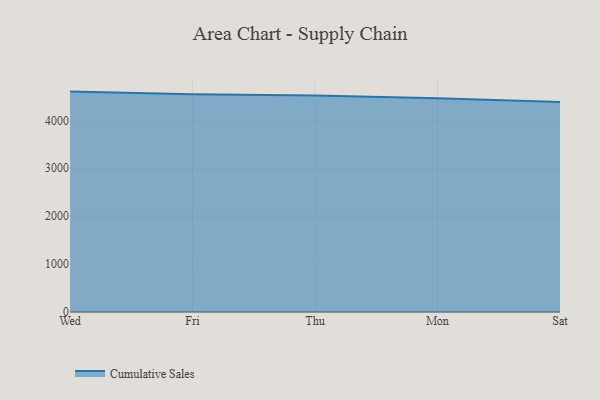
{"axis": {"x": "Day", "y": "Latency (ms)"}, "legend": ["Cumulative Sales"], "data": [{"x": "Wed", "y": 4600.9, "type": "Cumulative Sales"}, {"x": "Fri", "y": 4543.0, "type": "Cumulative Sales"}, {"x": "Thu", "y": 4519.8, "type": "Cumulative Sales"}, {"x": "Mon", "y": 4464.3, "type": "Cumulative Sales"}, {"x": "Sat", "y": 4382.8, "type": "Cumulative Sales"}]}